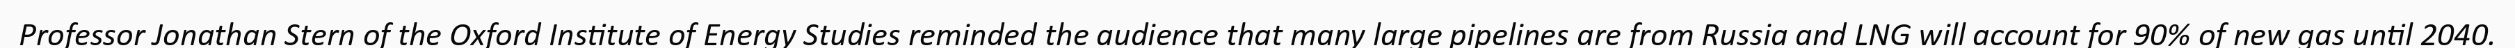
Professor Jonathan Stern of the Oxford Institute of Energy Studies reminded the audience that many large pipelines are from Russia and LNG will account for 90% of new gas until 2040.